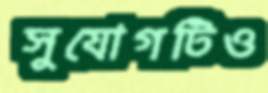
সুযোগটিও